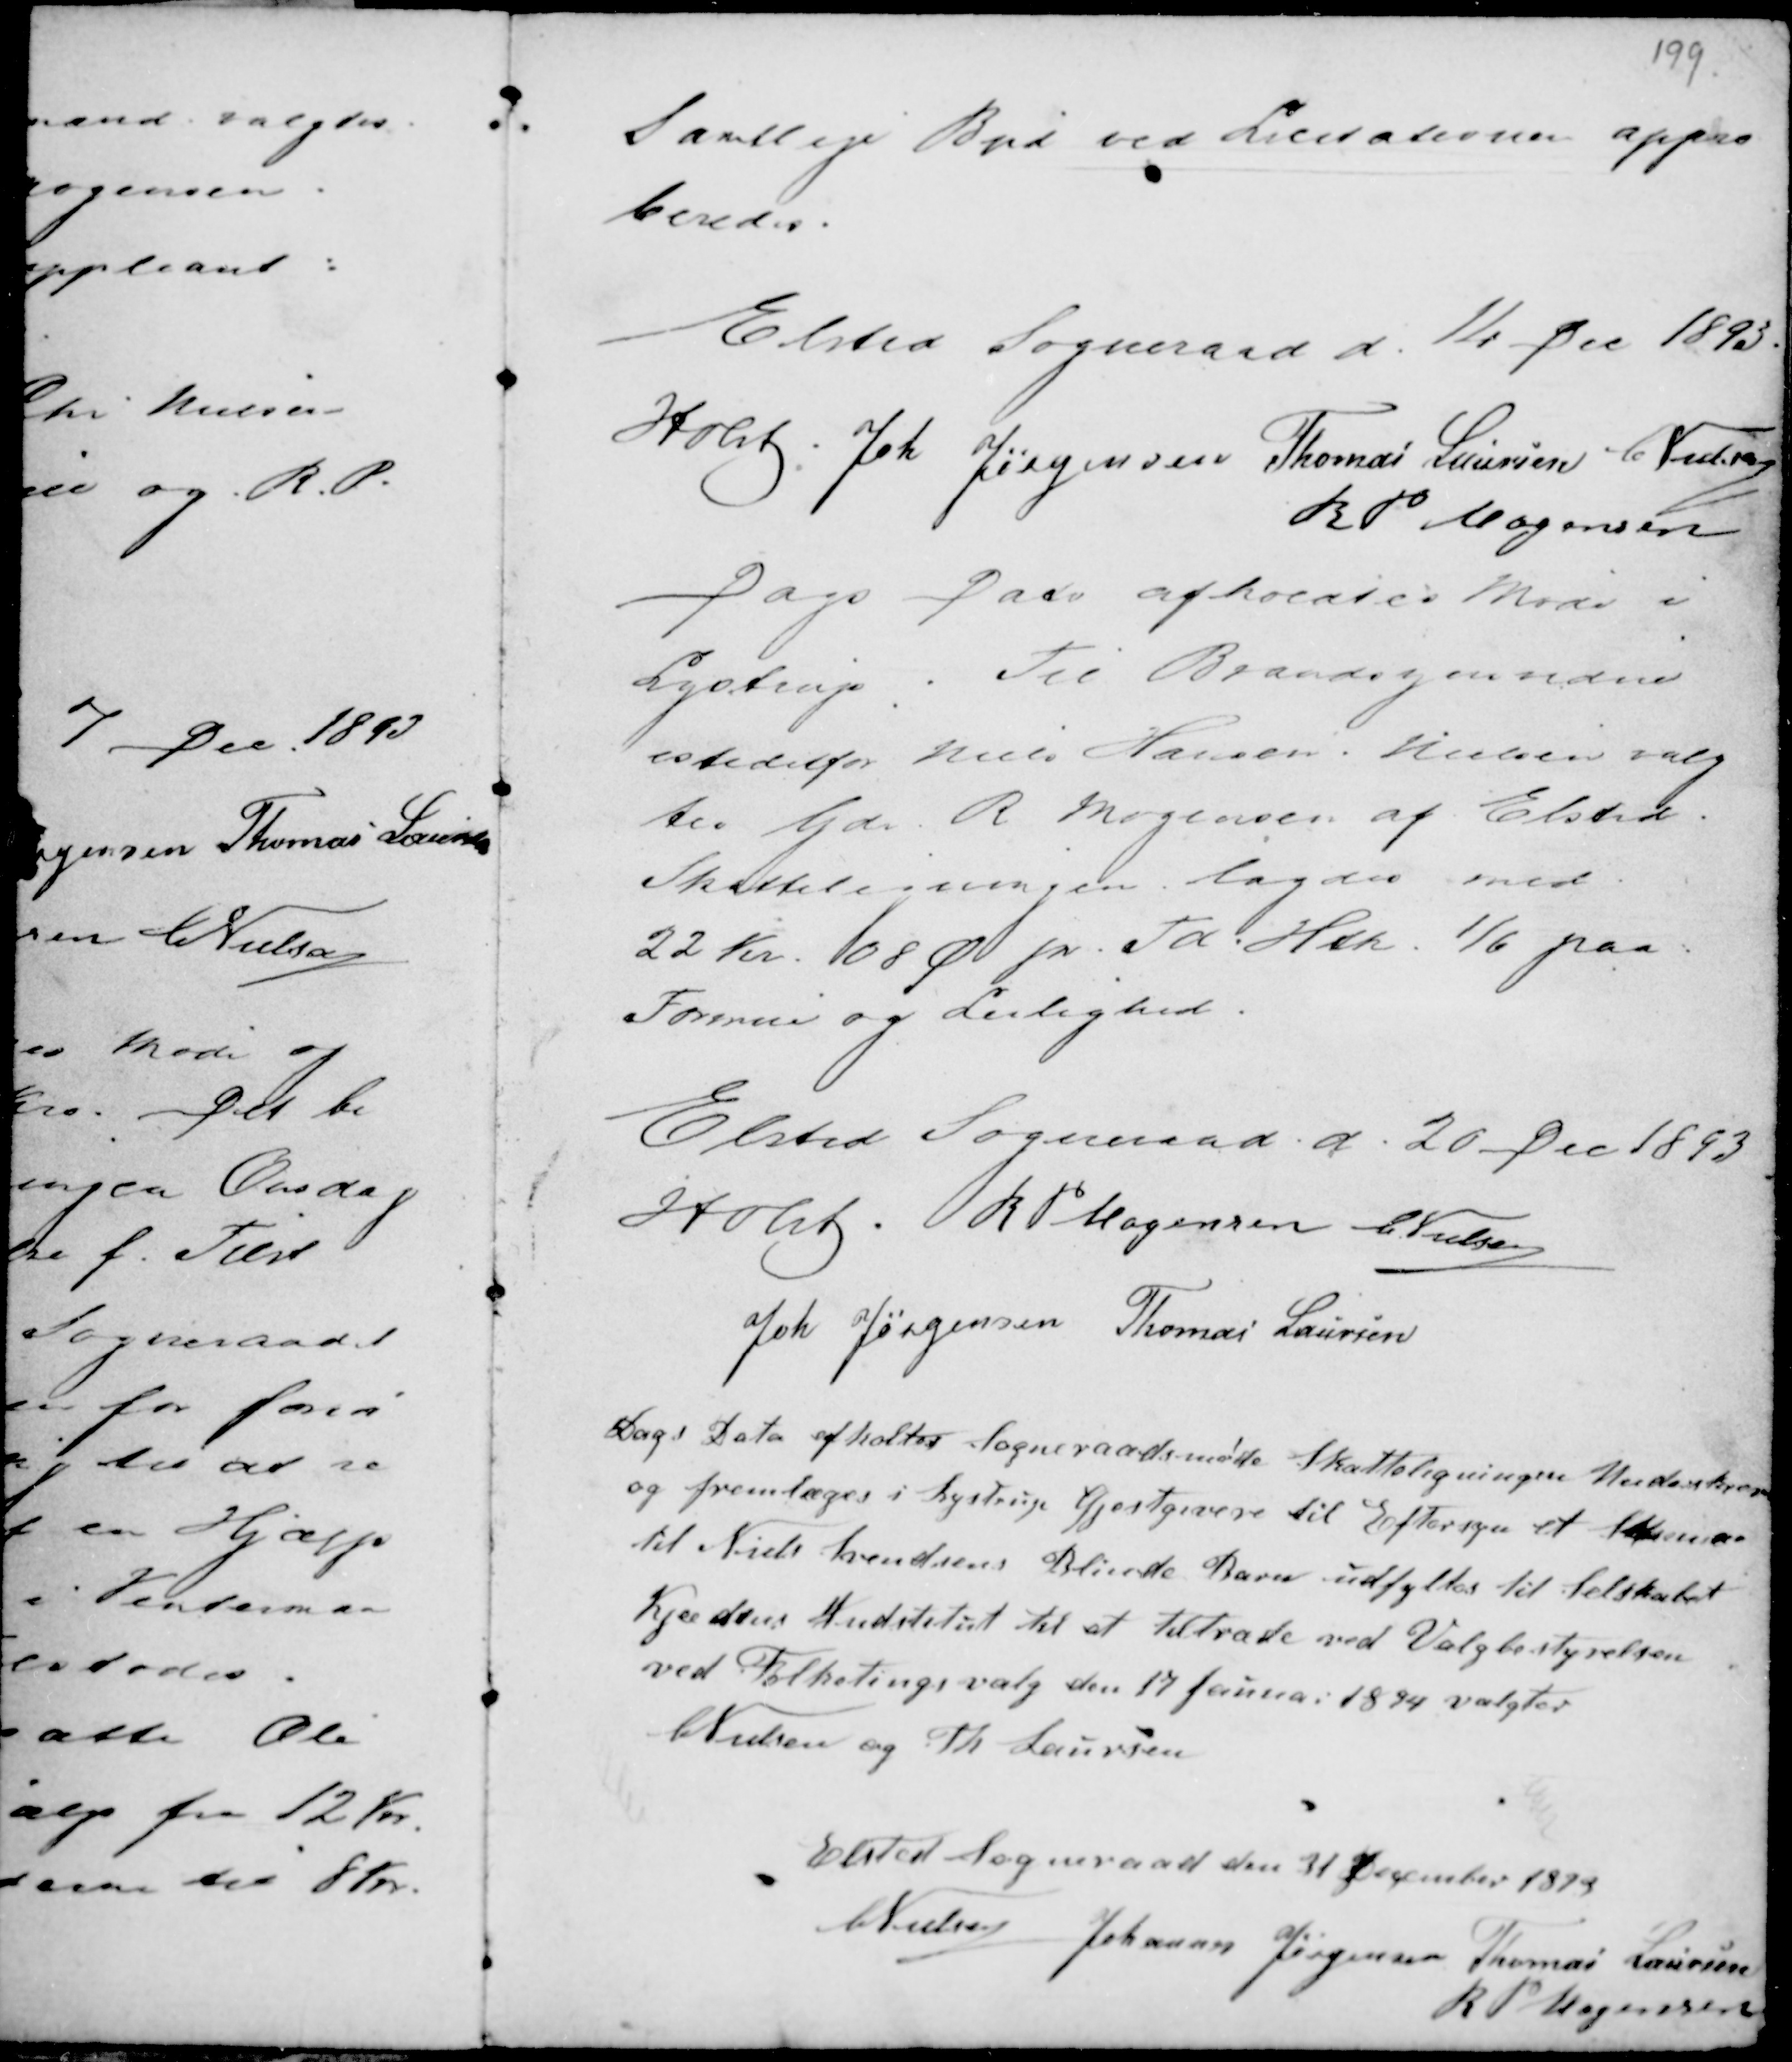
Transskription:
Samtlige Bud ved Licitationen appro
beredes.

Elsted Sogneraad d. 14 Dec 1893.
Holst : Joh Jørgensen Thomas Laursen C Nielsen
R P Mogensen

Dags Dato afholdtes Møde i
Lystrup. Til Brandsynsvidne
istedetfor Niels Hansen . Nielsen valg
tes Gdr. R Mogensen af Elsted.
Skatteligningen lagdes med
22 Kr. 08 Ø pr Td. Htk. 1/6 paa
Formue og Leilighed.

Elsted Sogneraad d. 20 Dec 1893
Holst . R P Mogensen C Nielsen
Joh Jørgensen Thomas Laursen

Dags Dato afholdtes Sogneraadsmøde Skatteligningen Underskreves
og fremlæges i Lystrup Gjestgiveri til Eftersyn et S.......
til Niels Svendsens Blinde Barn udflyttes til Selskabet
Kjædens Indstitut til at tiltræde ved Valgbestyrelsen
ved Folketingsvalg den 17 februar 1894 valgtes
C Nielsen og Th Laursen

Elsted Sogneraad den 31 December 1893
C Nielsen Johannes Jørgensen Thomas Laursen
R P Mogensen